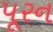
પૂરન